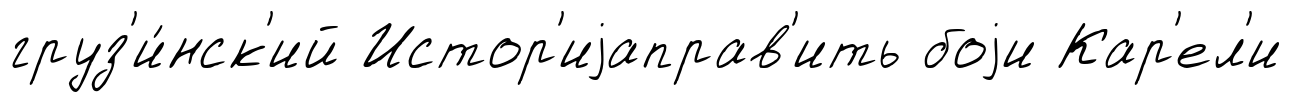
груз'и́нск'ий Истор'иjаправ'ить боjи Кар'ел'и